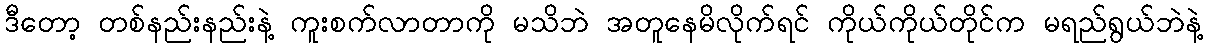
ဒီတော့ တစ်နည်းနည်းနဲ့ ကူးစက်လာတာကို မသိဘဲ အတူနေမိလိုက်ရင် ကိုယ်ကိုယ်တိုင်က မရည်ရွယ်ဘဲနဲ့